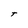
Character: t